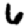
Digit: 6